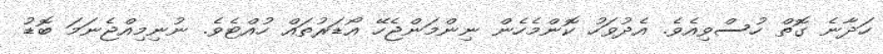
ހަދާނެ ގޮތް ހުސްވިއެވެ. އެދުވަހު ކޮންމެހެން ނިންމަންޖެހޭ އޯޑަރުތައް ހުއްޓެވެ. ނުނިމިއްޖެނަމަ ބޮޑު